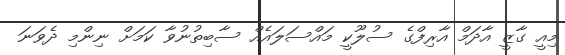
މިއީ ގާޒީ އާދަމް އާރިފްގެ ސުލޫކީ މައްސަލައެއް ސާބިތުނުވާ ކަމަށް ނިންމި ދެވަނަ